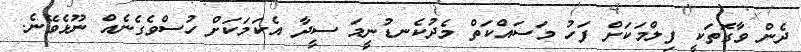
ދެން ވާގޮތަކީ ފިލްމަކަށް ފަހު މަސައްކަތް މެދުކެނޑުނީމަ ސީދާ އެކަމަކަށް ހުސްވެގެނެއް ނޫޅެވޭނެ.